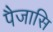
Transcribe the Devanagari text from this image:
पैजासि